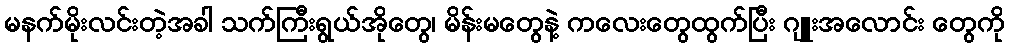
မနက်မိုးလင်းတဲ့အခါ သက်ကြီးရွယ်အိုတွေ၊ မိန်းမတွေနဲ့ ကလေးတွေထွက်ပြီး ဂျူးအလောင်း တွေကို